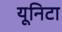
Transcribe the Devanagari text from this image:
यूनिटा